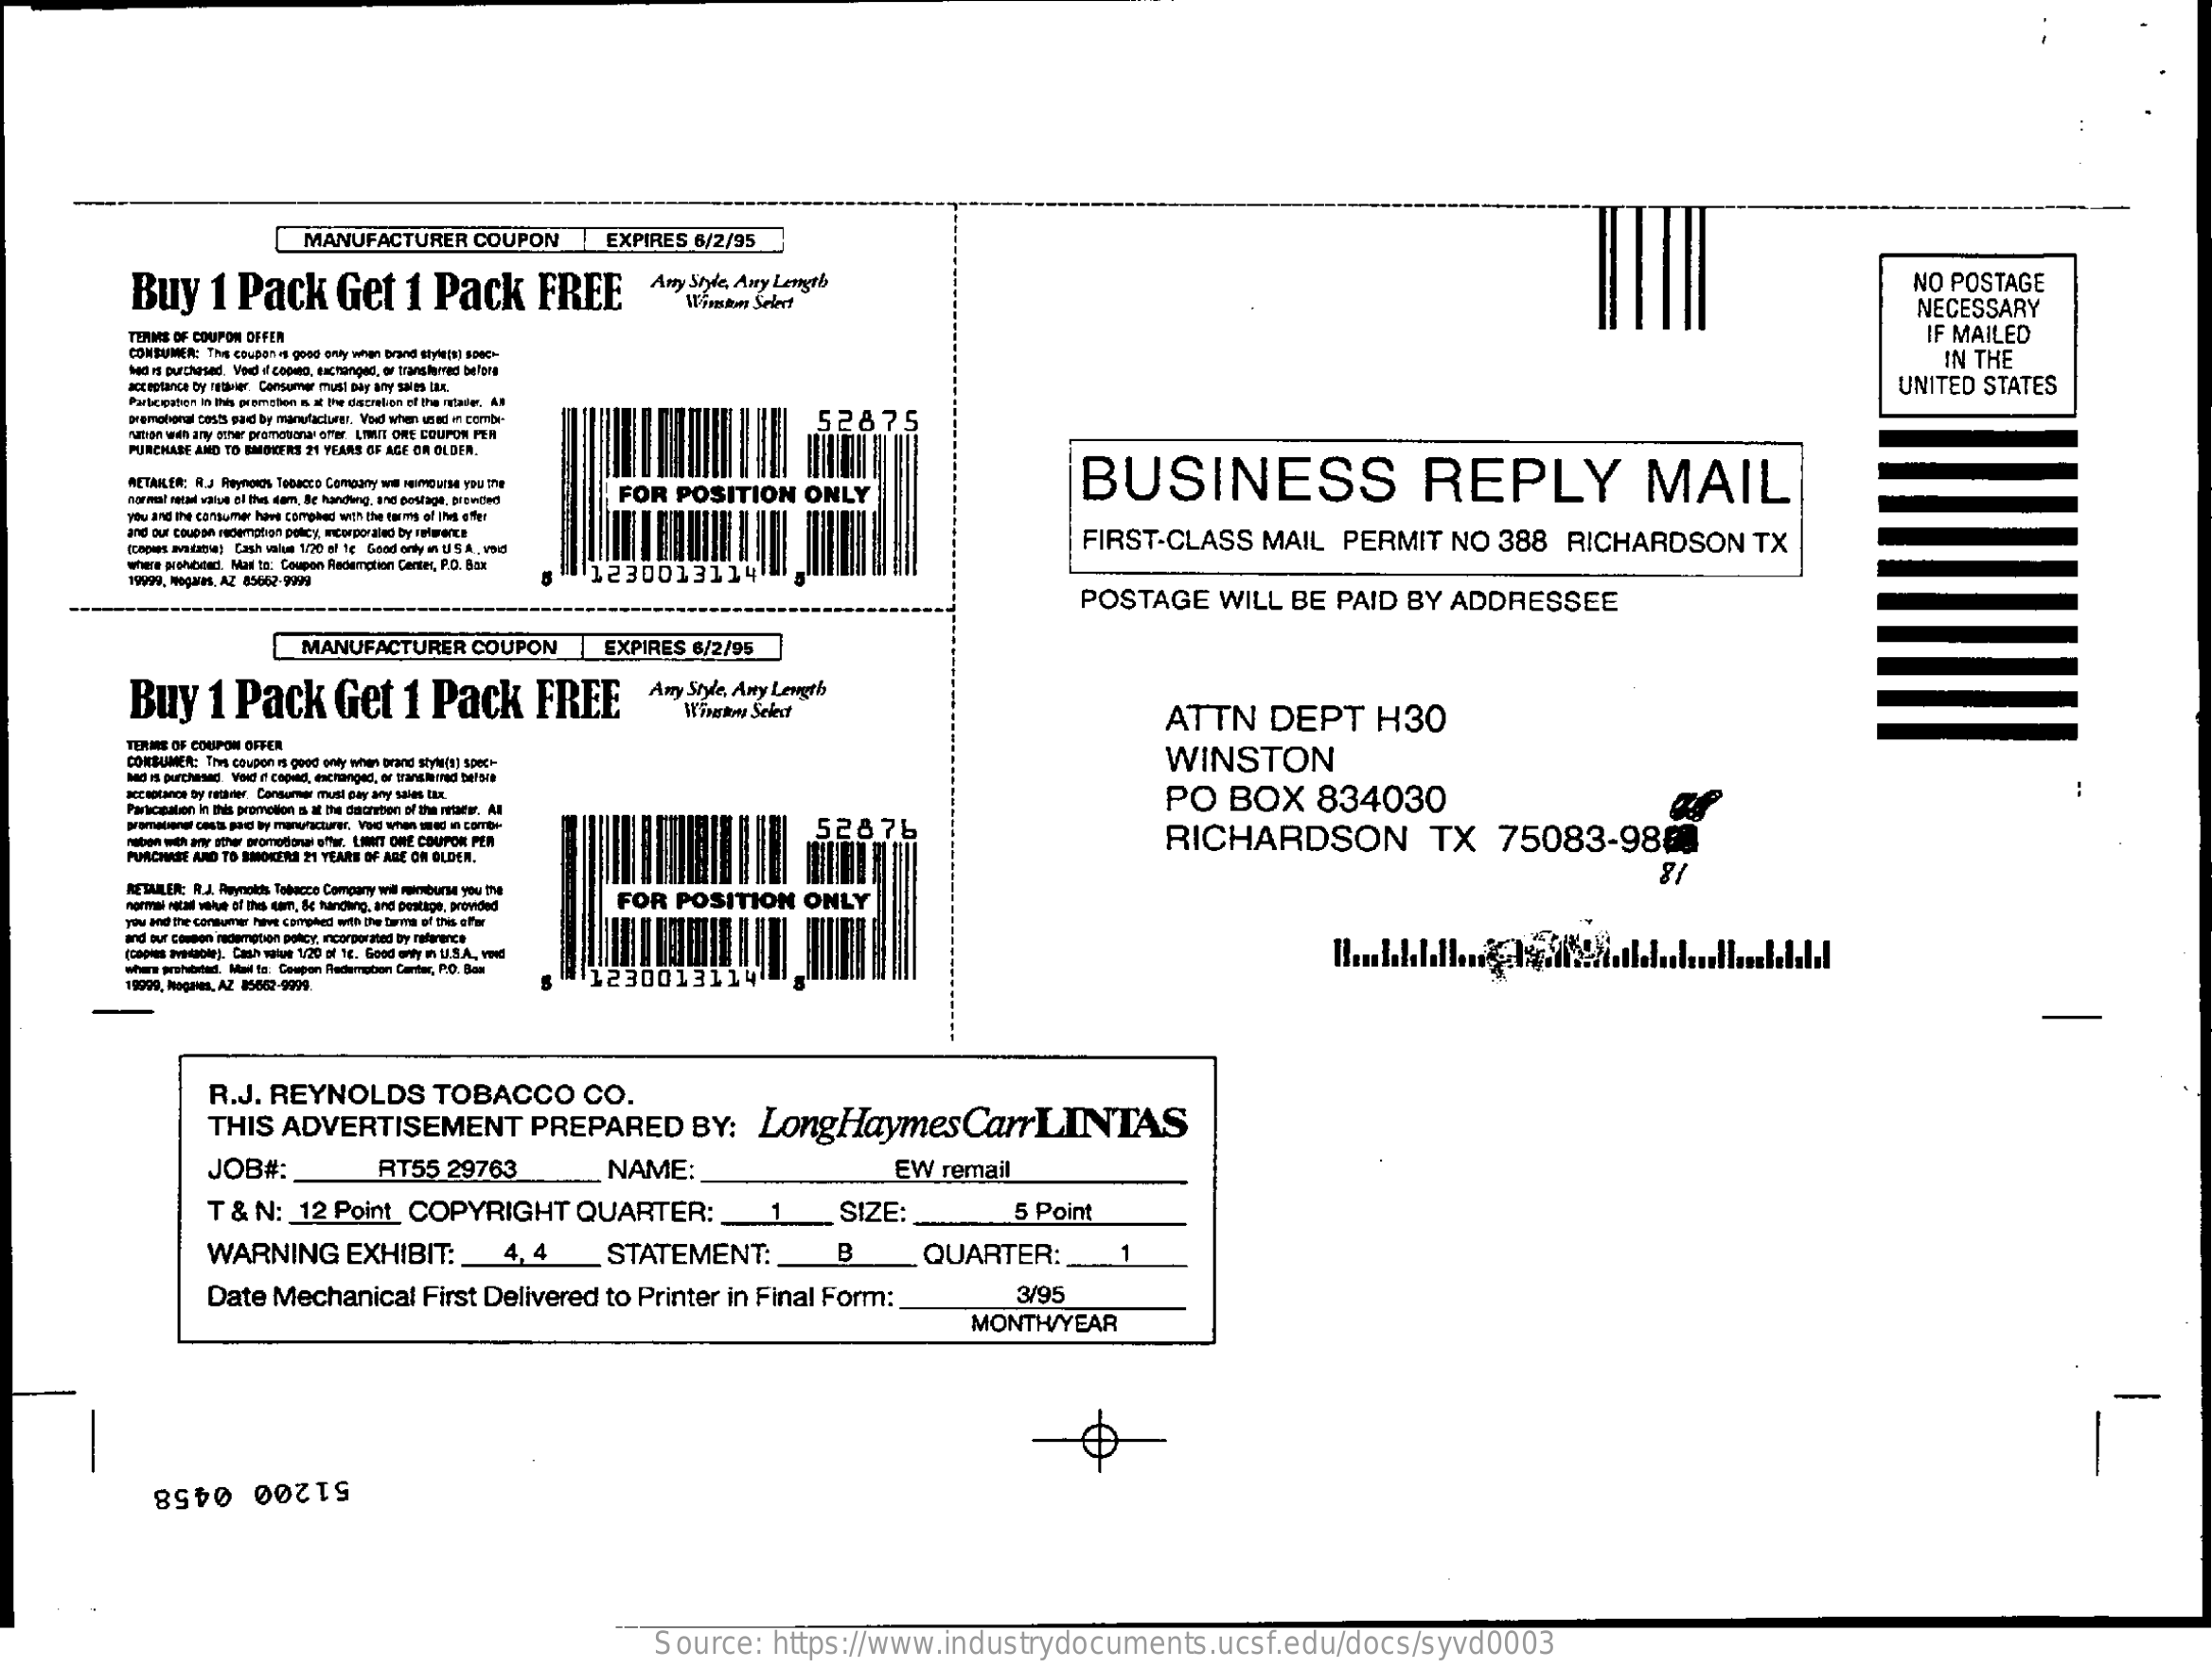
MANUFACTURER COUPON EXPIRES 6/2/95
     Buy 1 Pack Get 1 Pack FREE Any Style, Any Length    NO POSTAGE
     Wishes Select    NECESSARY
     TERME OF COUPON OFFEN    IF MAILED
     CONSUMER: The coupon - good only when brand stylital iaec-    IN THE
     UNITED STATES
     52875
     rumen wen any strar pranchorar ofer. LIMIT ORE COUPON PER
     PURCHASE AND TO EMOKERT 21 YEARS OF AGE OR OLDER.
     BUSINESS    REPLY    MAIL RETAILER: R.J Reynolds Tobacco Company wal Heimourse you The
     FOR POSITION ONLY
     you and the consumer his camphad win the tons of jht ofpr
     and our coupse redemoban policy, incorporaled by relance
     [top maticya; Cash value 1/20 el 1 ℃ Good only m USA , nd
     FIRST-CLASS MAIL PERMIT NO 388 RICHARDSON TX
     where probeert. Mat to: Coupon Redemption Center, P.O. Box
     1230013114
     POSTAGE WILL BE PAID BY ADDRESSEE
     MANUFACTURER COUPON EXPIRES 6/2/95
     Buy 1 Pack Get 1 Pack FREE Any Style, Any Length
     Winstmy Select    ATTN DEPT H30
     TERMS OF COUPON OFFER
     CONSUMER: This coupon is goed only when brand style(a) spec+ WINSTON
     bad is purchased. Vaid il copad, estranged, or transitrad belgie
     stickarc by netaner Contumme mutil Cay shy taunt LEx PO BOX 834030
     Faricazation In this promotion s af ita encarton of the nitsder. Al
     52876    RICHARDSON TX 75083-988
     PURCHASE ARD TO SMOKERS 21 YEARS OF ARE ON OLDER.
     HE'SLILER; R.J. Reynolds Tobacco Company wil mainsbursa you the
     FOR POSITION ONLY
     18
     you and the consumer hevet campted with De Soins of the offer
     and our cessen redemoben policy, incorporated by reference
     (copies avidaol') Cash wiue 1/20 of 1c. Good only in U.S.A. ved
     Mail ta: Coupon fledernpbon Carter, P.O. Box
     AZ 25602-9999.  .230013114
     R.J. REYNOLDS TOBACCO CO.
     THIS ADVERTISEMENT PREPARED BY: LongHaymesCarLINTAS
     JOB#:  RT55 29763 NAME:    EW remail
     T & N: 12 Point COPYRIGHT QUARTER: 1 SIZE: 5 Point
     WARNING EXHIBIT :_ 4,4 STATEMENT: B QUARTER: 1
     Date Mechanical First Delivered to Printer in Final Form: 3/95
     MONTH/YEAR
     51200 0458
     Source: https://www.industrydocuments.ucsf.edu/docs/syvd0003